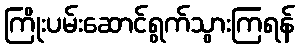
ကြိုးပမ်းဆောင်ရွက်သွားကြရန်